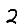
Digit: 2